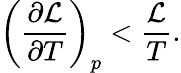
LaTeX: \left(\frac{\partial\mathcal{L}}{\partial T}\right)_{p}<\frac{\mathcal{L}}{T}.